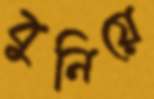
বুনিয়ে